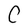
Character: C